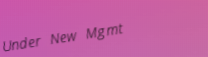
Under New Mgmt